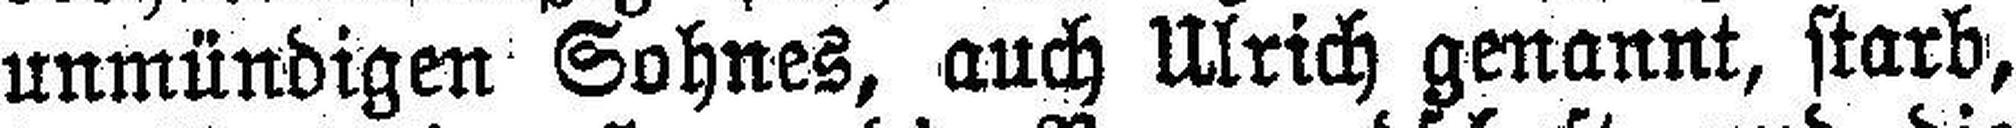
unmündigen Sohnes, auch Ulrich genannt, starb,